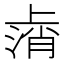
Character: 𫠸